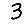
Digit: 3